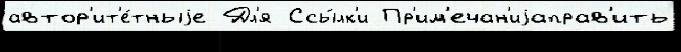
автор'ит'е́тныjе Дл'я Ссы́лк'и Пр'им'ечан'иjаправ'ить